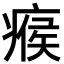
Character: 瘊